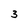
Character: 3